Tezpur Lunatic Asylum reports 1895-1904 - 1895-1904
Year: 1895
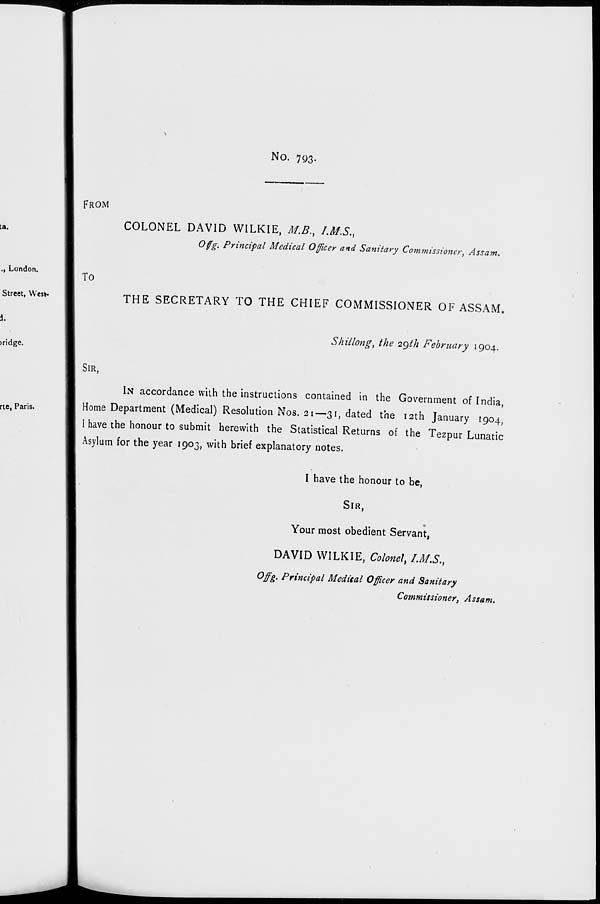
No. 793.
ta.
FROM
COLONEL DAVID WILKIE, M.B. } /.M.S.,
Ofg. Principal Medical Officer and Sanitary Commissioner, Assam.
., London.
Street, West-
i.
)ridge.
rte, Paris.
TO
THE SECRETARY TO THE CHIEF COMMISSIONER OF ASSAM.
Shillong, the 29th February 1904.
SIR,
IN accordance with the instructions contained in the Government of India,
Home Department (Medical) Resolution Nos. 21—31, dated the 12th January 1904,
I have the honour to submit herewith the Statistical Returns of the Tezpur Lunatic
Asylum for the year 1903, with brief explanatory notes.
I have the honour to be,
SIR,
Your most obedient Servant,
DAVID WILKIE, Colonel, /.M.S.,
Offg. Principal Medical Officer and Sanitary
Commissioner, Assam.